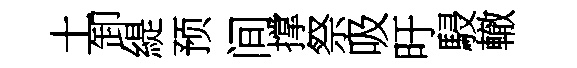
土卸緹预间撑祭吸旴駸轍